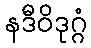
နဒီဝိဒုဂ္ဂံ